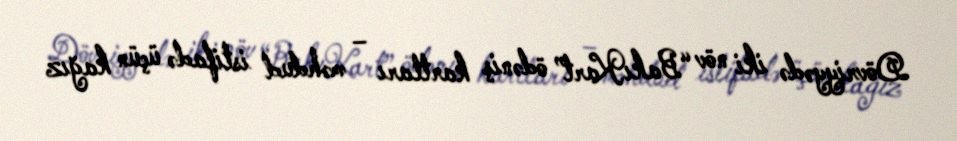
Dövriyyədə iki növ “BakıKart” ödəniş kartları – məhdud istifadə üçün kağız